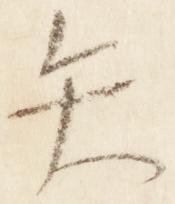
矢